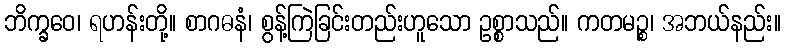
ဘိက္ခဝေ၊ ရဟန်းတို့။ စာဂဓနံ၊ စွန့်ကြဲခြင်းတည်းဟူသော ဥစ္စာသည်။ ကတမဉ္စ၊ အဘယ်နည်း။